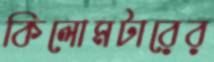
কিলোমটারের